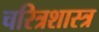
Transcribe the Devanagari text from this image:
चरित्रशास्त्र